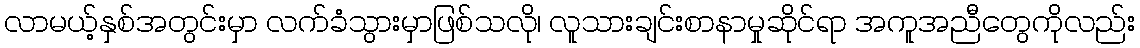
လာမယ့်နှစ်အတွင်းမှာ လက်ခံသွားမှာဖြစ်သလို၊ လူသားချင်းစာနာမှုဆိုင်ရာ အကူအညီတွေကိုလည်း